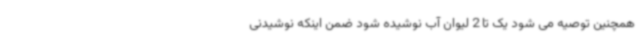
همچنین توصیه می شود یک تا 2 لیوان آب نوشیده شود ضمن اینکه نوشیدنی